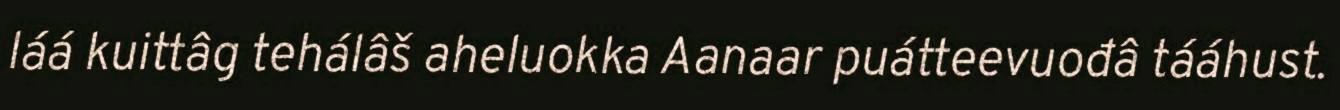
láá kuittâg tehálâš aheluokka Aanaar puátteevuođâ tááhust.